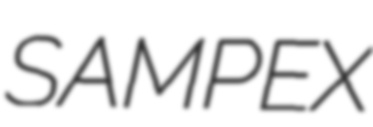
SAMPEX